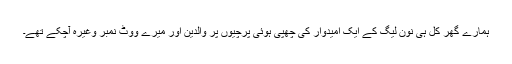
ہمارے گھر کل ہی نون لیگ کے ایک امیدوار کی چھپی ہوئی پرچیوں پر والدین اور میرے ووٹ نمبر وغیرہ آچکے تھے۔